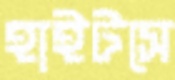
হাইটসে